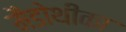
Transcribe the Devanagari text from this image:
मैडोथीका